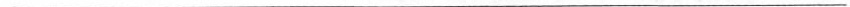
___